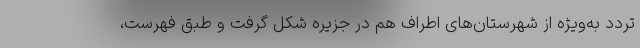
تردد به‌ویژه از شهرستان‌های اطراف هم در جزیره شکل گرفت و طبق فهرست،